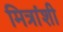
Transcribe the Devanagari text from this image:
मित्रांशी